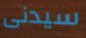
سيدنى